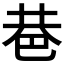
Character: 𢀼